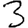
Digit: 3